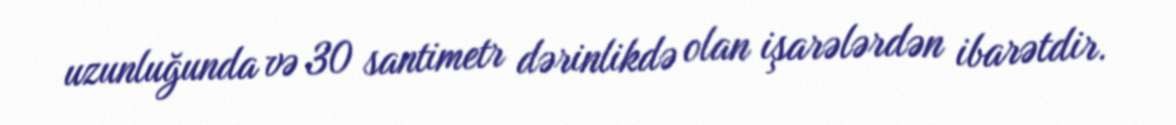
uzunluğunda və 30 santimetr dərinlikdə olan işarələrdən ibarətdir.